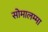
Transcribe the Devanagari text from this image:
सोमालम्मा